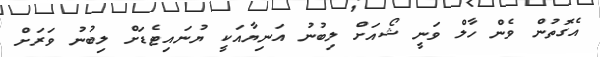
އެގޮތުން ވެން ހާލް ވަނީ ޝޯއަށް ލިބުނު އަނިޔާއަކީ ޔުނައިޓެޑަށް ލިބުނު ވަރަށް